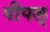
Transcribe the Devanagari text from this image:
पीपल्